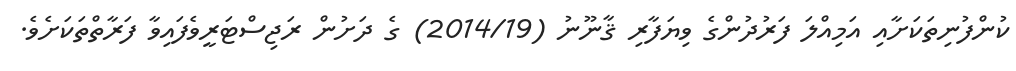
ކުންފުނިތަކަށާއި އަމިއްލަ ފަރުދުންގެ ވިޔަފާރި ޤާނޫނު (2014/19) ގެ ދަށުން ރަޖިސްޓަރީވެފައިވާ ފަރާތްތަކަށެވެ.